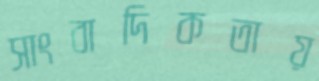
সাংবাদিকতায়